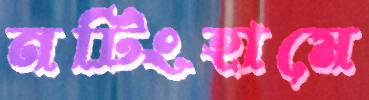
নটিংহামে